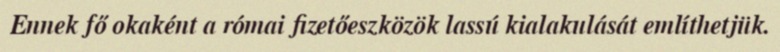
Ennek fő okaként a római fizetőeszközök lassú kialakulását említhetjük.